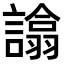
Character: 𧬈